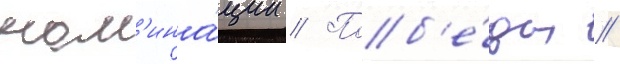
ном'ина́ции // Поб'е́ды //